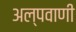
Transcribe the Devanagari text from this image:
अल्पवाणी